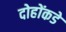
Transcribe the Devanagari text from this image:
दोहोंकडे